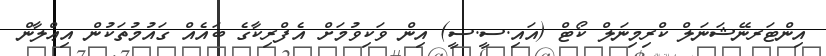
އިންޓަރނޭޝަނަލް ކްރިމިނަލް ކޯޓް (އައި.ސީ.ސީ) އިން ވަކިވުމަށް އެފްރިކާގެ ބައެއް ގައުމުތަކުން އިޢްލާން